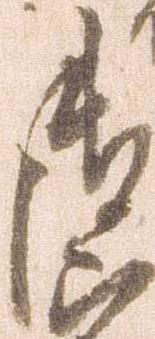
御